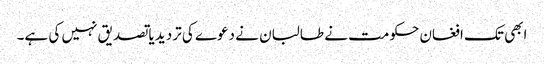
ابھی تک افغان حکومت نے طالبان نے دعوے کی تردید یا تصدیق نہیں کی ہے۔